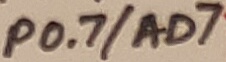
Text: P0.7/AD7